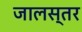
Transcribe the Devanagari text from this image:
जालस्तर